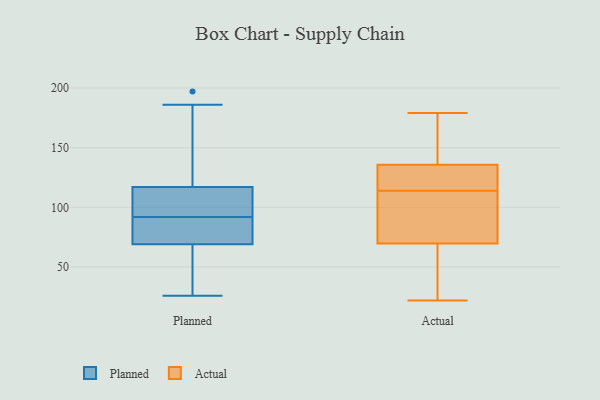
{"axis": {"x": "Revenue (USD Million)", "y": "Value"}, "legend": ["Actual", "Planned"], "data": [{"x": "", "y": 67, "type": "Planned"}, {"x": "", "y": 110, "type": "Planned"}, {"x": "", "y": 75, "type": "Planned"}, {"x": "", "y": 101, "type": "Planned"}, {"x": "", "y": 75, "type": "Planned"}, {"x": "", "y": 29, "type": "Planned"}, {"x": "", "y": 165, "type": "Planned"}, {"x": "", "y": 87, "type": "Planned"}, {"x": "", "y": 97, "type": "Planned"}, {"x": "", "y": 197, "type": "Planned"}, {"x": "", "y": 26, "type": "Planned"}, {"x": "", "y": 69, "type": "Planned"}, {"x": "", "y": 186, "type": "Planned"}, {"x": "", "y": 117, "type": "Planned"}, {"x": "", "y": 179, "type": "Actual"}, {"x": "", "y": 87, "type": "Actual"}, {"x": "", "y": 81, "type": "Actual"}, {"x": "", "y": 122, "type": "Actual"}, {"x": "", "y": 167, "type": "Actual"}, {"x": "", "y": 22, "type": "Actual"}, {"x": "", "y": 141, "type": "Actual"}, {"x": "", "y": 138, "type": "Actual"}, {"x": "", "y": 62, "type": "Actual"}, {"x": "", "y": 104, "type": "Actual"}, {"x": "", "y": 114, "type": "Actual"}, {"x": "", "y": 66, "type": "Actual"}, {"x": "", "y": 129, "type": "Actual"}, {"x": "", "y": 66, "type": "Actual"}, {"x": "", "y": 116, "type": "Actual"}]}